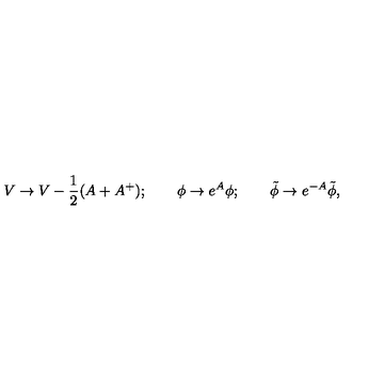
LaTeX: V \to V - \frac { 1 } { 2 } ( A + A ^ { + } ) ; \qquad \phi \to e ^ { A } \phi ; \qquad \tilde { \phi } \to e ^ { - A } \tilde { \phi } ,